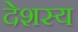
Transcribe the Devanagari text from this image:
देशस्य